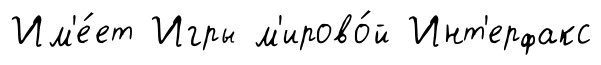
Им'е́ет Игры м'ирово́й Инт'ерфакс